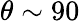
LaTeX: \theta\sim 90